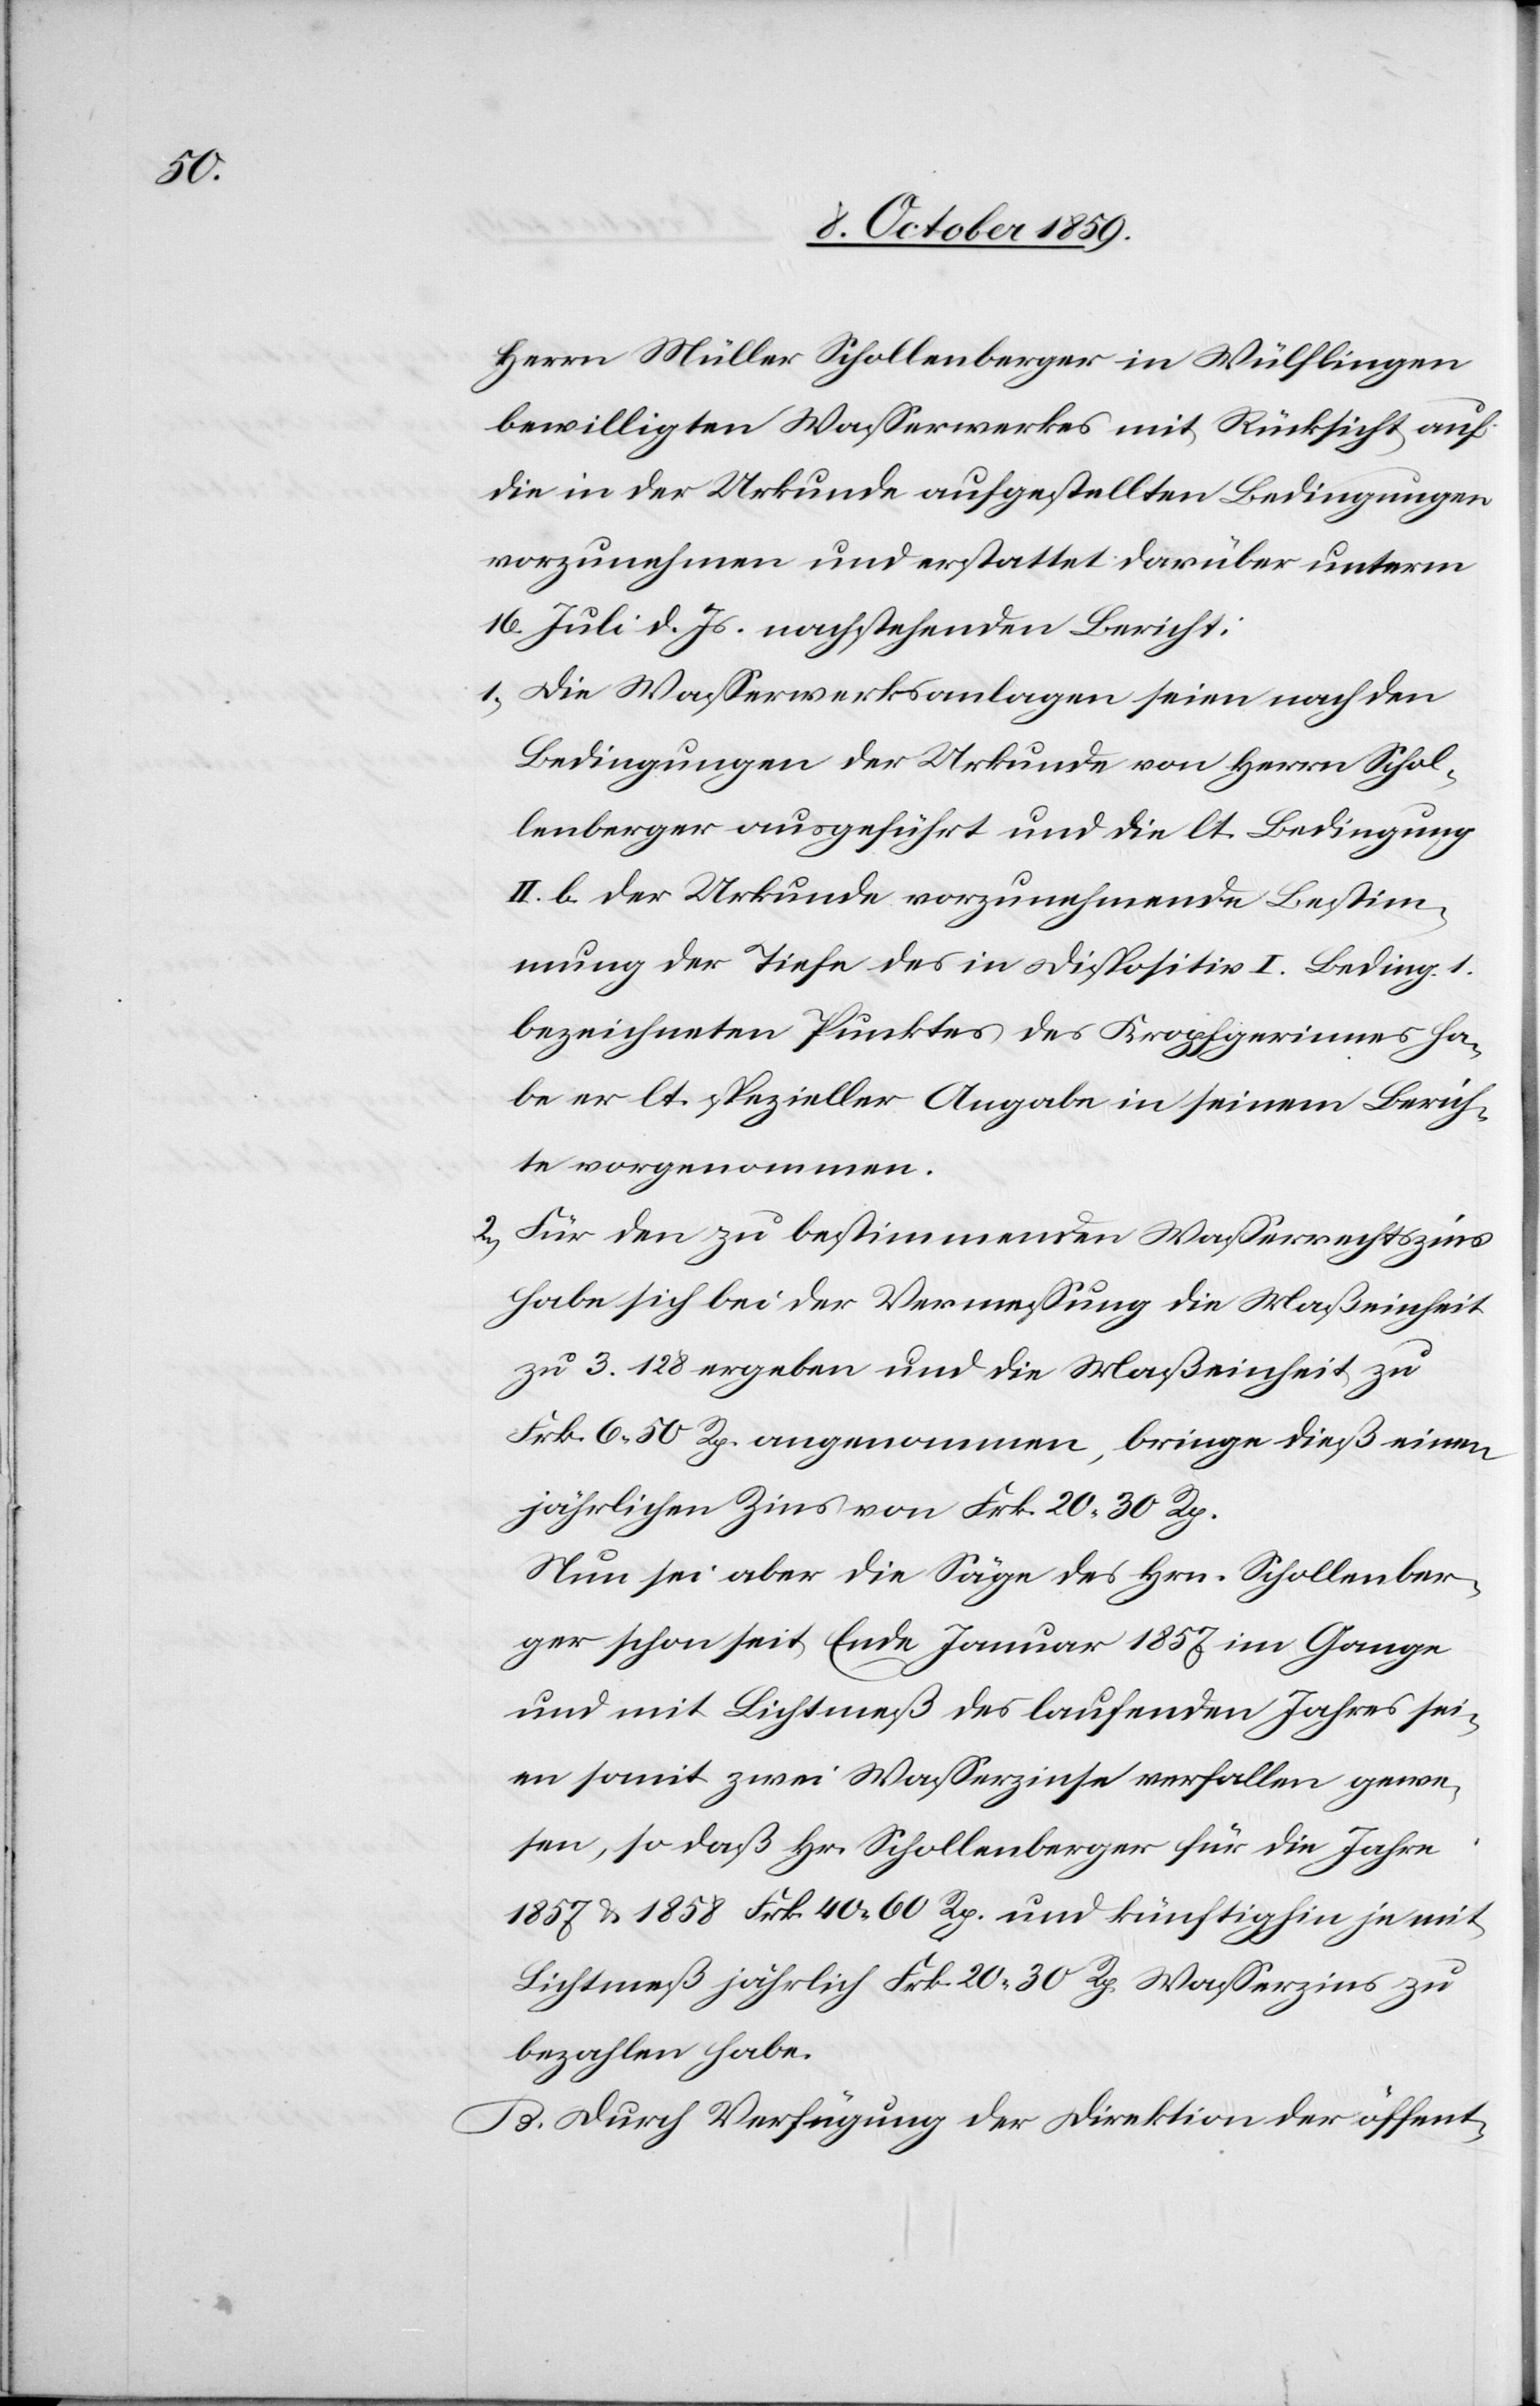
Herrn Müller Schollenberger in Wülflingen
bewilligten Wasserwerkes mit Rücksicht auf
die in der Urkunde aufgestellten Bedingungen
vorzunehmen und erstattet darüber unterm
16. Juli d. Js. nachstehenden Bericht:
1.) Die Wasserwerksanlagen seien nach den
Bedingungen der Urkunde von Herrn Schol¬
lenberger ausgeführt und die lt. Bedingung
II. b. der Urkunde vorzunehmende Bestim¬
mung der Tiefe des in Dispositiv I. Beding. 1.
bezeichneten Punktes des Kropfgerinnes ha¬
be er lt. spezieller Angabe in seinem Berich¬
te vorgenommen.
2.) Für den zu bestimmenden Wasserrechtszins
habe sich bei der Vermessung die Maßeinheit
zu 3.128 ergeben und die Maßeinheit zu
Frk. 6 50 Rp. angenommen, bringe dieß einen
jährlichen Zins von Frk. 20 30 Rp.
Nun sei aber die Säge des Hrn. Schollenber¬
ger schon seit Ende Januar 1857 im Gange
und mit Lichtmeß des laufenden Jahres sei¬
en somit zwei Wasserzinse verfallen gewe¬
sen, so daß Hr. Schollenberger für die Jahre
1857 & 1858 Frk. 40 60 Rp. und künftighin je mit
Lichtmeß jährlich Frk. 20 30 Rp. Wasserzins zu
bezahlen habe.
B. Durch Verfügung der Direktion der öffent-